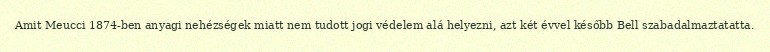
Amit Meucci 1874-ben anyagi nehézségek miatt nem tudott jogi védelem alá helyezni, azt két évvel később Bell szabadalmaztatatta.